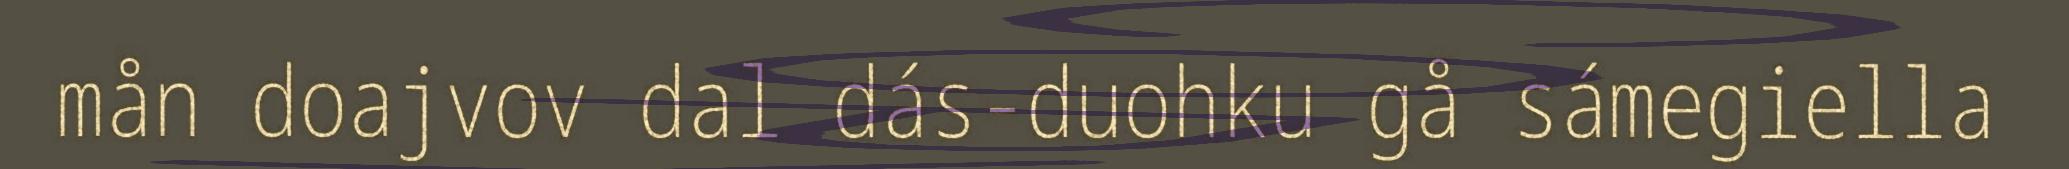
mån doajvov dal dás-duohku gå sámegiella